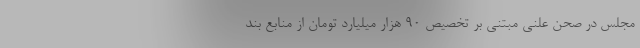
مجلس در صحن علنی مبتنی بر تخصیص ۹۰ هزار میلیارد تومان از منابع بند